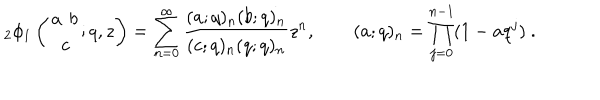
{ } _ { 2 } \phi _ { 1 } \left( \begin{matrix} { { a \phantom { c } b } } \\ { { \phantom { a } c \phantom { b } } } \\ \end{matrix} ; q , z \right) = \sum _ { n = 0 } ^ { \infty } \frac { ( a ; q ) _ { n } ( b ; q ) _ { n } } { ( c ; q ) _ { n } ( q ; q ) _ { n } } z ^ { n } , \qquad ( a ; q ) _ { n } = \prod _ { j = 0 } ^ { n - 1 } ( 1 - a q ^ { j } ) ~ .